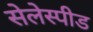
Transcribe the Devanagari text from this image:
सेलेस्पीड